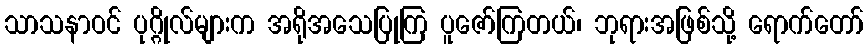
သာသနာဝင် ပုဂ္ဂိုလ်များက အရိုအသေပြုကြ ပူဇော်ကြတယ်၊ ဘုရားအဖြစ်သို့ ရောက်တော်